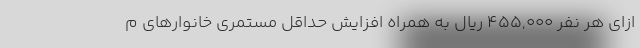
ازای هر نفر ۴۵۵,۰۰۰ ریال به همراه افزایش حداقل مستمری خانوارهای م